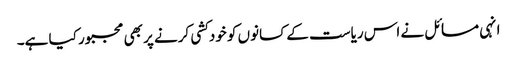
انہی مسائل نے اس ریاست کے کسانوں کو خودکشی کرنے پر بھی مجبور کیا ہے۔